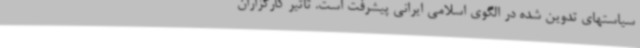
سیاستهای تدوین شده در الگوی اسلامی ایرانی پیشرفت است. تاثیر کارگزاران